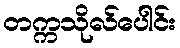
တက္ကသိုလ်ပေါင်း